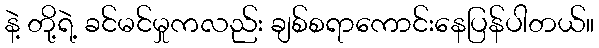
နဲ့ တို့ရဲ့ ခင်မင်မှုကလည်း ချစ်စရာကောင်းနေပြန်ပါတယ်။